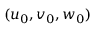
( u _ { 0 } , v _ { 0 } , w _ { 0 } )